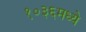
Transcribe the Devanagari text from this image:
१०३६मध्ये